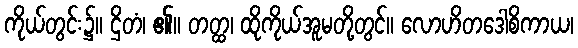
ကိုယ်တွင်း၌။ ဌိတံ၊ ၏။ တတ္ထ၊ ထိုကိုယ်အူမတို့တွင်။ လောဟိတဒေါစိကာယ၊